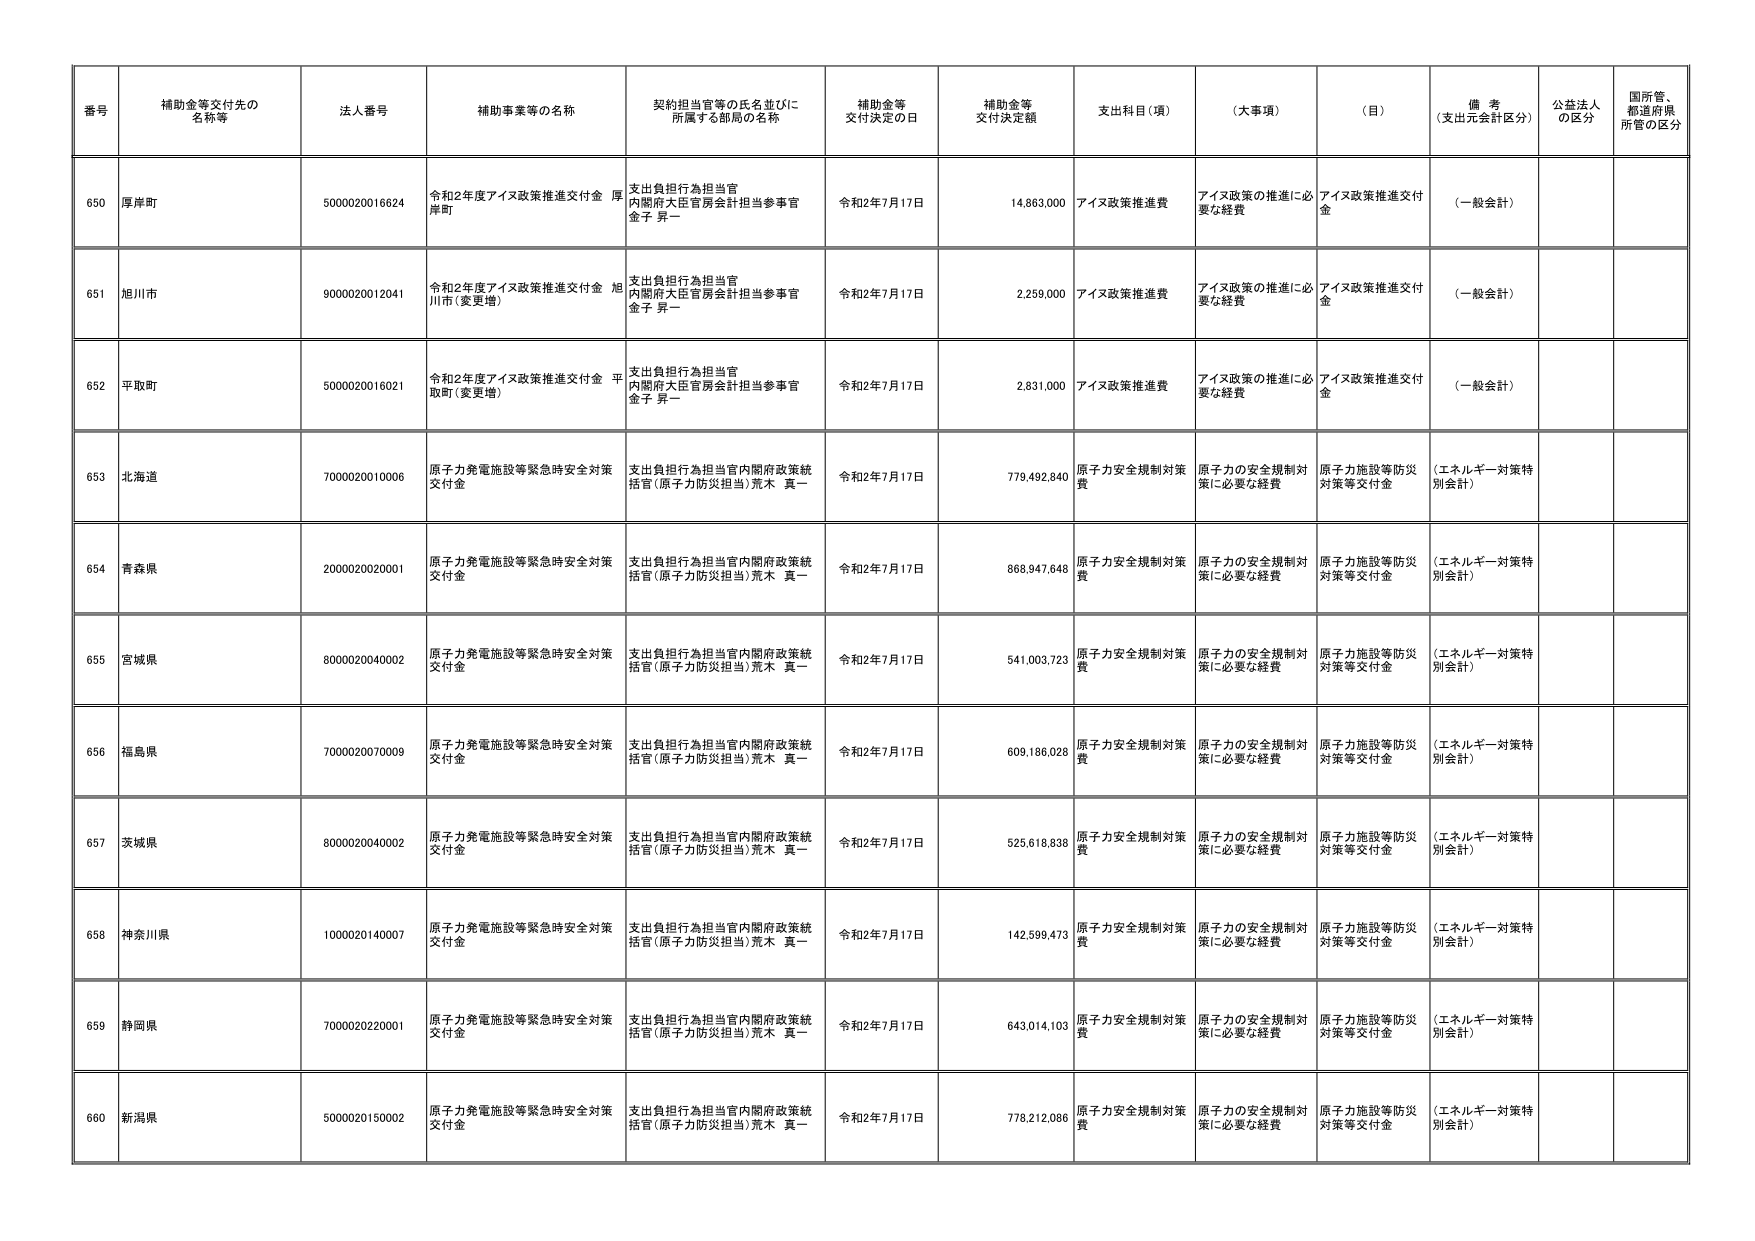
番号 補助金等交付先の名称等 法人番号 補助事業等の名称 契約担当官等の氏名並びに所属する部局の名称 補助金等交付決定の日 補助金等交付決定額 支出科目（項） （大事項） （目） 備考（支出元会計区分） 公益法人の区分 国所管、都道府県所管の区分
650 厚岸町 5000020016624 令和2年度アイヌ政策推進交付金 厚岸町 支出負担行為担当官 内閣府大臣官房会計担当参事官 金子 昇一 令和2年7月17日 14,863,000 アイヌ政策推進費 アイヌ政策の推進に必要な経費 アイヌ政策推進交付金 （一般会計）
651 旭川市 9000020012041 令和2年度アイヌ政策推進交付金 旭川市（変更増） 支出負担行為担当官 内閣府大臣官房会計担当参事官 金子 昇一 令和2年7月17日 2,259,000 アイヌ政策推進費 アイヌ政策の推進に必要な経費 アイヌ政策推進交付金 （一般会計）
652 平取町 5000020016021 令和2年度アイヌ政策推進交付金 平取町（変更増） 支出負担行為担当官 内閣府大臣官房会計担当参事官 金子 昇一 令和2年7月17日 2,831,000 アイヌ政策推進費 アイヌ政策の推進に必要な経費 アイヌ政策推進交付金 （一般会計）
653 北海道 7000020010006 原子力発電施設等緊急時安全対策交付金 支出負担行為担当官内閣府政策統括官（原子力防災担当）荒木 真一 令和2年7月17日 779,492,840 原子力安全規制対策費 原子力の安全規制対策に必要な経費 原子力施設等防災対策等交付金 （エネルギー対策特別会計）
654 青森県 2000020020001 原子力発電施設等緊急時安全対策交付金 支出負担行為担当官内閣府政策統括官（原子力防災担当）荒木 真一 令和2年7月17日 868,947,648 原子力安全規制対策費 原子力の安全規制対策に必要な経費 原子力施設等防災対策等交付金 （エネルギー対策特別会計）
655 宮城県 8000020040002 原子力発電施設等緊急時安全対策交付金 支出負担行為担当官内閣府政策統括官（原子力防災担当）荒木 真一 令和2年7月17日 541,003,723 原子力安全規制対策費 原子力の安全規制対策に必要な経費 原子力施設等防災対策等交付金 （エネルギー対策特別会計）
656 福島県 7000020070009 原子力発電施設等緊急時安全対策交付金 支出負担行為担当官内閣府政策統括官（原子力防災担当）荒木 真一 令和2年7月17日 609,186,028 原子力安全規制対策費 原子力の安全規制対策に必要な経費 原子力施設等防災対策等交付金 （エネルギー対策特別会計）
657 茨城県 8000020040002 原子力発電施設等緊急時安全対策交付金 支出負担行為担当官内閣府政策統括官（原子力防災担当）荒木 真一 令和2年7月17日 525,618,838 原子力安全規制対策費 原子力の安全規制対策に必要な経費 原子力施設等防災対策等交付金 （エネルギー対策特別会計）
658 神奈川県 1000020140007 原子力発電施設等緊急時安全対策交付金 支出負担行為担当官内閣府政策統括官（原子力防災担当）荒木 真一 令和2年7月17日 142,599,473 原子力安全規制対策費 原子力の安全規制対策に必要な経費 原子力施設等防災対策等交付金 （エネルギー対策特別会計）
659 静岡県 7000020220001 原子力発電施設等緊急時安全対策交付金 支出負担行為担当官内閣府政策統括官（原子力防災担当）荒木 真一 令和2年7月17日 643,014,103 原子力安全規制対策費 原子力の安全規制対策に必要な経費 原子力施設等防災対策等交付金 （エネルギー対策特別会計）
660 新潟県 5000020150002 原子力発電施設等緊急時安全対策交付金 支出負担行為担当官内閣府政策統括官（原子力防災担当）荒木 真一 令和2年7月17日 778,212,086 原子力安全規制対策費 原子力の安全規制対策に必要な経費 原子力施設等防災対策等交付金 （エネルギー対策特別会計）